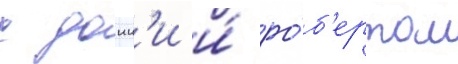
с донн'и и́ ро́б'ертом